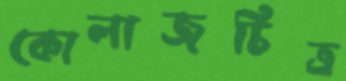
কোলাজচিত্র